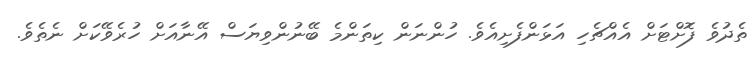
ތެދުވެ ފޮށްޓަށް އެއްޗެހި އަޅަންފެށިއެވެ. ހުންނަން ކިތަންމެ ބޭނުންވިޔަސް އޭނާއަށް ހުރެވޭކަށް ނެތެވެ.